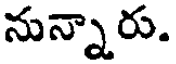
నున్నారు.